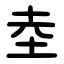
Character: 坴